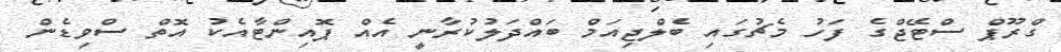
ގްރޫޕް ސްޓޭޖްގެ ފަހު މެޗުގައި ބެލްޖިއަމް ބައްދަލުކުރާނީ އެއް ޕޮއިންޓާއެކު އޮތް ސްވިޑެން